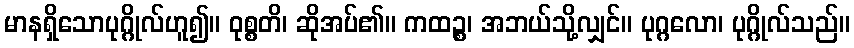
မာနရှိသောပုဂ္ဂိုလ်ဟူ၍။ ဝုစ္စတိ၊ ဆိုအပ်၏။ ကထဉ္စ၊ အဘယ်သို့လျှင်။ ပုဂ္ဂလော၊ ပုဂ္ဂိုလ်သည်။